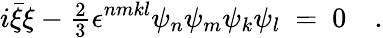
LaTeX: i\bar{\xi}\xi-{\textstyle{\frac 23}}\epsilon^{nmkl}\psi_{n}\psi_{m}\psi_{k}\psi_{l}\ =\ 0\quad.